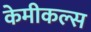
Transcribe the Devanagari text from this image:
केमीकल्स